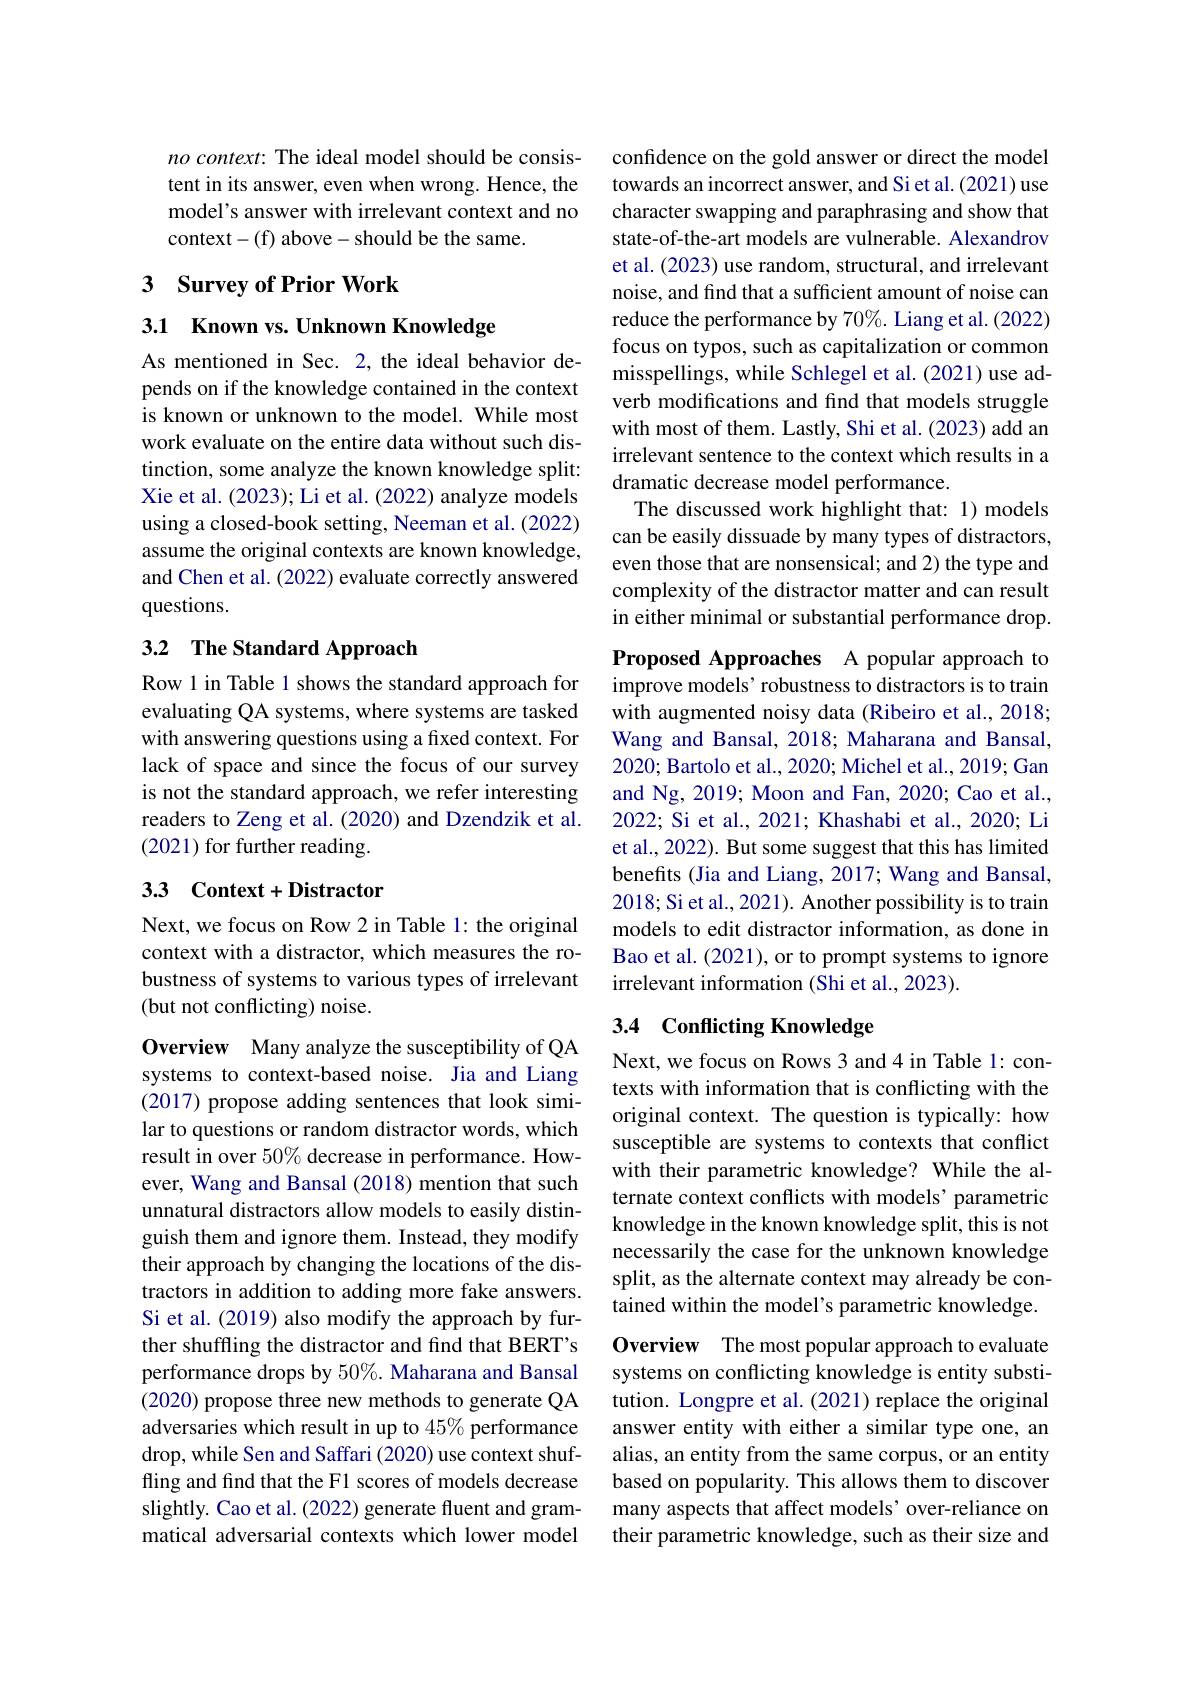
no context: The ideal model should be consistent in its answer, even when wrong. Hence, the model's answer with irrelevant context and no context-(f) above- should be the same.

### 3 Survey of Prior Work

3.1 Known vs. Unknown Knowledge

As mentioned in Sec. 2, the ideal behavior depends on if the knowledge contained in the context is known or unknown to the model. While most work evaluate on the entire data without such distinction, some analyze the known knowledge split: Xie et al. (2023); Li et al. (2022) analyze models using a closed-book setting, Neeman et al. (2022) assume the original contexts are known knowledge, and Chen et al. (2022) evaluate correctly answered questions.

# 3.2 The Standard Approach

Row 1 in Table 1 shows the standard approach for evaluating QA systems, where systems are tasked with answering questions using a fixed context. For lack of space and since the focus of our survey is not the standard approach, we refer interesting readers to Zeng et al. (2020) and Dzendzik et al. (2021) for further reading.

## 33 Context+Distractor

Next, we focus on Row 2 in Table 1: the original context with a distractor, which measures the robustness of systems to various types of irrelevant (but not conflicting) noise.

Overview Many analyze the susceptibility of QA systems to context-based noise. Jia and Liang (2017) propose adding sentences that look similar to questions or random distractor words, which result in over $50\%$ decrease in performance. However, Wang and Bansal (2018) mention that such unnatural distractors allow models to easily distinguish them and ignore them. Instead, they modify their approach by changing the locations of the distractors in addition to adding more fake answers. Si et al. (2019) also modify the approach by further shuffling the distractor and find that BERT's performance drops by $50\%$ Maharana and Bansal (2020) propose three new methods to generate QA adversaries which result in up to $45\%$ performance drop, while Sen and Saffari (2020) use context shuffling and find that the F1 scores of models decrease slightly. Cao et al. (2022) generate fluent and grammatical adversarial contexts which lower model

confidence on the gold answer or direct the model towards an incorrect answer, and Si et al. (2021) use character swapping and paraphrasing and show that state-of-the-art models are vulnerable. Alexandrov et al. (2023) use random, structural, and irrelevant noise, and find that a sufficient amount of noise can reduce the performance by 70%. Liang et al. (2022) focus on typos, such as capitalization or common misspellings, while Schlegel et al. (2021) use adverb modifications and find that models struggle with most of them. Lastly, Shi et al. (2023) add an irrelevant sentence to the context which results in a dramatic decrease model performance.
The discussed work highlight that: 1) models can be easily dissuade by many types of distractors, even those that are nonsensical; and 2) the type and complexity of the distractor matter and can result in either minimal or substantial performance drop. Proposed Approaches A popular approach to improve models’ robustness to distractors is to train with augmented noisy data (Ribeiro et al., 2018; Wang and Bansal, 2018; Maharana and Bansal, 2020; Bartolo et al., 2020; Michel et al., 2019; Gan and Ng, 2019; Moon and Fan, 2020; Cao et al., 2022; Si et al., 2021; Khashabi et al., 2020; Li et al., 2022). But some suggest that this has limited benefits (Jia and Liang, 2017; Wang and Bansal, 2018; Si et al., 2021). Another possibility is to train models to edit distractor information, as done in Bao et al. (2021), or to prompt systems to ignore irrelevant information (Shi et al., 2023).
3.4 Conflicting Knowledge

Next, we focus on Rows 3 and 4 in Table 1: contexts with information that is conflicting with the original context. The question is typically: how susceptible are systems to contexts that conflict with their parametric knowledge? While the alternate context conflicts with models' parametric knowledge in the known knowledge split, this is not necessarily the case for the unknown knowledge split, as the alternate context may already be contained within the model's parametric knowledge.

Overview The most popular approach to evaluate systems on conflicting knowledge is entity substitution. Longpre et al. (2021) replace the original answer entity with either a similar type one, an alias, an entity from the same corpus, or an entity based on popularity. This allows them to discover many aspects that affect models’ over-reliance on their parametric knowledge, such as their size and